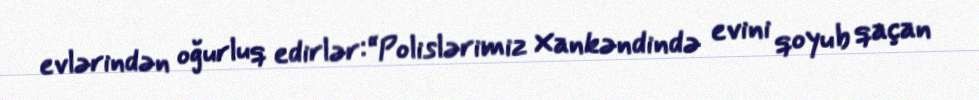
evlərindən oğurluq edirlər:“Polislərimiz Xankəndində evini qoyub qaçan